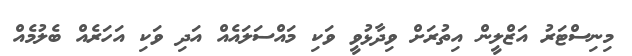
މިނިސްޓަރު އަޒްލީން އިތުރަށް ވިދާޅުވީ ވަކި މައްސަލައެއް އަދި ވަކި އަހަރެއް ބެލުމެއް